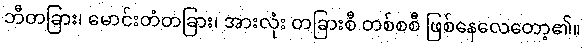
ဘီတခြား၊ မောင်းတံတခြား၊ အားလုံး တခြားစီ တစ်စစီ ဖြစ်နေလေတော့၏။